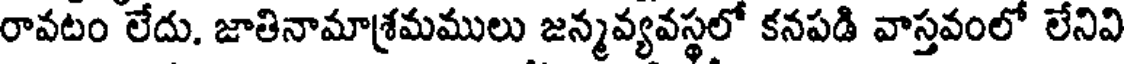
రావటం లేదు. జాతినామాశ్రమములు జన్మవ్యవస్థలో కనపడి వాస్తవంలో లేనివి